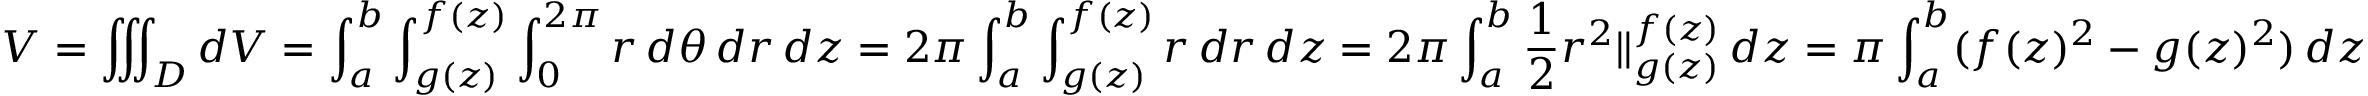
V = \iiint _ { D } d V = \int _ { a } ^ { b } \int _ { g ( z ) } ^ { f ( z ) } \int _ { 0 } ^ { 2 \pi } r \, d \theta \, d r \, d z = 2 \pi \int _ { a } ^ { b } \int _ { g ( z ) } ^ { f ( z ) } r \, d r \, d z = 2 \pi \int _ { a } ^ { b } { \frac { 1 } { 2 } } r ^ { 2 } \Vert _ { g ( z ) } ^ { f ( z ) } \, d z = \pi \int _ { a } ^ { b } ( f ( z ) ^ { 2 } - g ( z ) ^ { 2 } ) \, d z